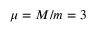
\mu = M / m = 3